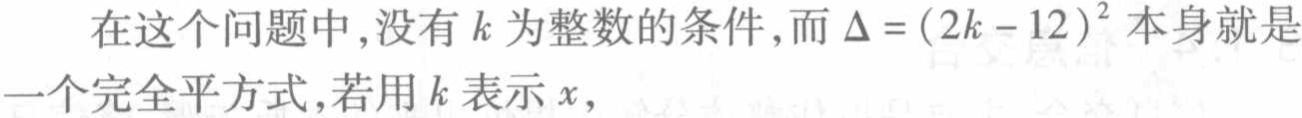
在这个问题中,没有\(k\)为整数的条件,而\(\Delta =(2k - 12)^{2}\)本身就是一个完全平方式,若用\(k\)表示\(x\)，